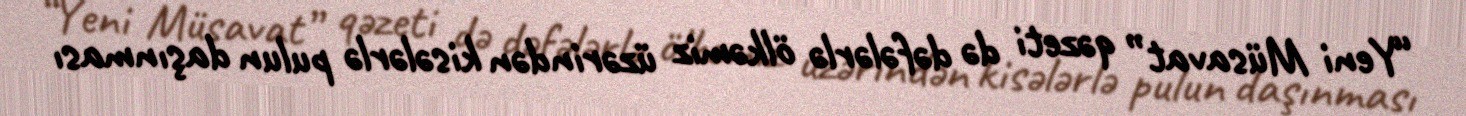
“Yeni Müsavat” qəzeti də dəfələrlə ölkəmiz üzərindən kisələrlə pulun daşınması